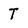
Character: T